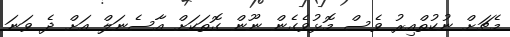
މެޗަށް ނުކުތްއިރު ވެސް މޮޅުވެގެން ނޫން ގޮތަކަށް އާސެނަލް އަށް ދެ ވަނަ